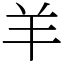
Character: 羊